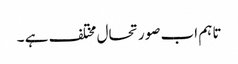
تاہم اب صورتحال مختلف ہے ۔